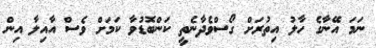
ނަމަ އޭނާގެ ހާލު އިތުރަށް ގޯސްވެދާނެތީ ކަންބޮޑުވާ ކަމަށް ވެސް އާއިލާ އިން